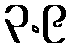
၃.၉